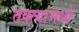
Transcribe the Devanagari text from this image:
तक्त्यांमध्ये